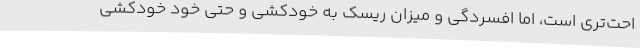
احت‌تری است، اما افسردگی و میزان ریسک به خودکشی و حتی خود خودکشی